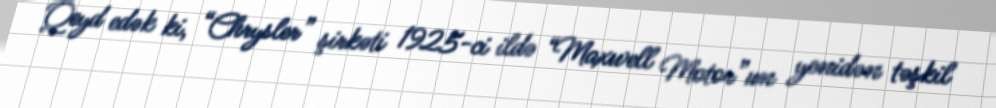
Qeyd edək ki, “Chrysler” şirkəti 1925-ci ildə “Maxwell Motor”un yenidən təşkil